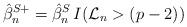
LaTeX: \begin{align*}\hat{\beta}_n^{S+} = \hat{\beta}_n^{S} \, I(\mathcal{L}_n > (p-2))\end{align*}